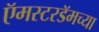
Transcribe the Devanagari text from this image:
ऍमस्टरडॅमच्या